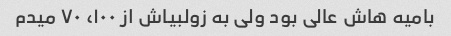
بامیه هاش عالی بود ولی به زولبیاش از ۱۰۰، ۷۰ میدم